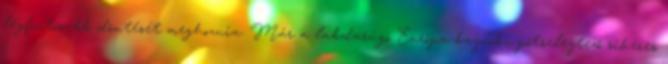
legfontosabb döntését meghoznia. Már a labdarúgó Európa-bajnoki pótselejtező sikeres